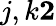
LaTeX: j,k\le 2